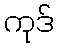
ကုဒ်